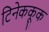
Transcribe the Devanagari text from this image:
टिनेककूक